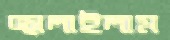
জ্বালাইলাম